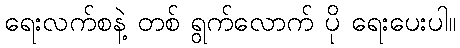
ရေးလက်စနဲ့ တစ် ရွက်လောက် ပို ရေးပေးပါ။